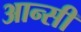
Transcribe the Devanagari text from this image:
आन्सी